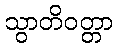
သွာတိဝတ္တာ